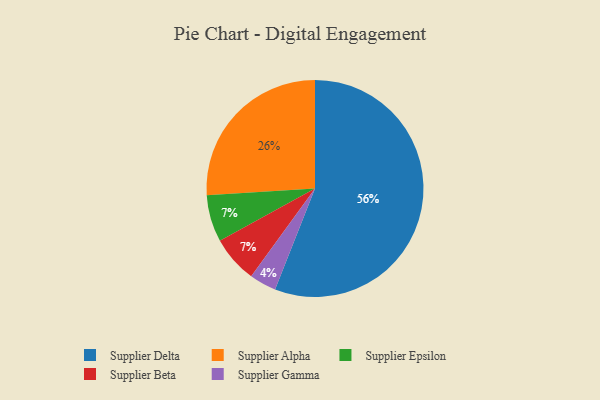
{"axis": {"x": "Category", "y": "Percentage"}, "legend": ["Supplier Alpha", "Supplier Beta", "Supplier Delta", "Supplier Epsilon", "Supplier Gamma"], "data": [{"x": "Supplier Delta", "y": 56, "type": "Supplier Delta"}, {"x": "Supplier Epsilon", "y": 7, "type": "Supplier Epsilon"}, {"x": "Supplier Alpha", "y": 26, "type": "Supplier Alpha"}, {"x": "Supplier Gamma", "y": 4, "type": "Supplier Gamma"}, {"x": "Supplier Beta", "y": 7, "type": "Supplier Beta"}]}